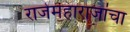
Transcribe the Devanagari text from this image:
राजेमहाराजांचा